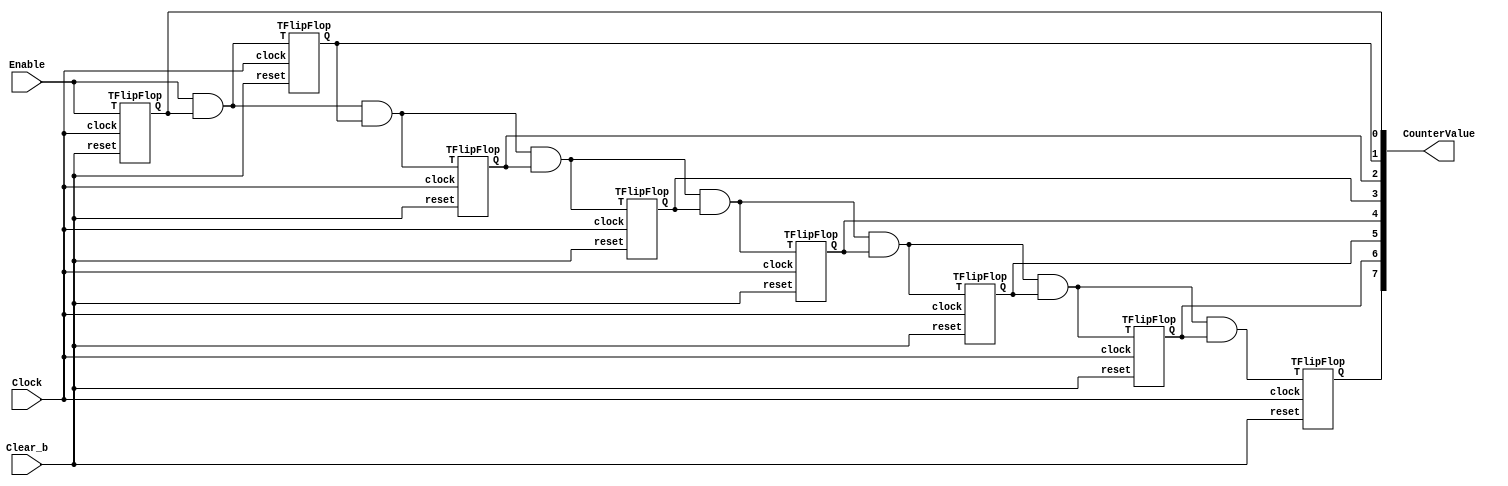
module part1(Clock, Enable, Clear_b, CounterValue);
input Clock, Enable, Clear_b;
output [7:0] CounterValue;
wire W1, W2, W3, W4, W5, W6, W7, W8, W9, W10, W11, W12, W13, W14, W15, W16, W17;

assign W1 = Enable & W10;
assign W2 = W1 & W11;
assign W3 = W2 & W12;
assign W4 = W3 & W13;
assign W5 = W4 & W14;
assign W6 = W5 & W15;
assign W7 = W6 & W16;
assign W8 = W7 & W17;

TFlipFlop T1(.T(Enable),.clock(Clock),.reset(Clear_b),.Q(W10));
TFlipFlop T2(.T(W1),.clock(Clock),.reset(Clear_b),.Q(W11));
TFlipFlop T3(.T(W2),.clock(Clock),.reset(Clear_b),.Q(W12));
TFlipFlop T4(.T(W3),.clock(Clock),.reset(Clear_b),.Q(W13));
TFlipFlop T5(.T(W4),.clock(Clock),.reset(Clear_b),.Q(W14));
TFlipFlop T6(.T(W5),.clock(Clock),.reset(Clear_b),.Q(W15));
TFlipFlop T7(.T(W6),.clock(Clock),.reset(Clear_b),.Q(W16));
TFlipFlop T8(.T(W7),.clock(Clock),.reset(Clear_b),.Q(W17));

assign CounterValue[0] = W10;
assign CounterValue[1] = W11;
assign CounterValue[2] = W12;
assign CounterValue[3] = W13;
assign CounterValue[4] = W14;
assign CounterValue[5] = W15;
assign CounterValue[6] = W16;
assign CounterValue[7] = W17;

endmodule

module TFlipFlop(T, clock, reset, Q);
input T, clock, reset;
output reg Q;

	always @(posedge clock, negedge reset)
	begin

		if(reset == 0)
			Q <= 1'b0;

		else if (T)
			Q <= ~Q;
	end

endmodule